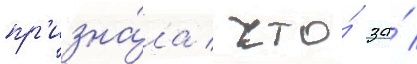
пр'изна́ла / что́ за́